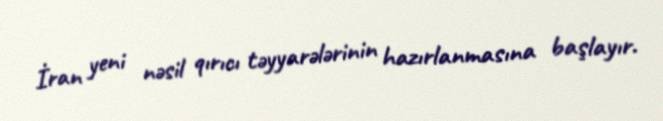
İran yeni nəsil qırıcı təyyarələrinin hazırlanmasına başlayır.